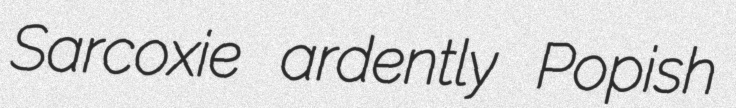
Sarcoxie ardently Popish